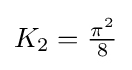
{\textstyle K_{2}={\frac {\pi ^{2}}{8}}}